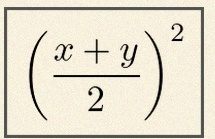
\left(\frac{x+y}{2}\right)^2